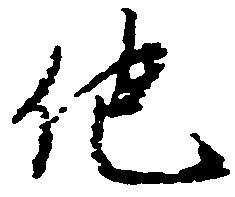
他